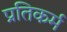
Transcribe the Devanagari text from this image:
प्रतिकर्म